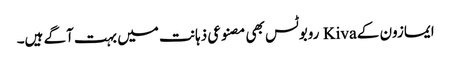
ایمازون کے Kiva روبوٹس بھی مصنوعی ذہانت میں بہت آگے ہیں۔